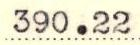
390.22